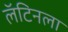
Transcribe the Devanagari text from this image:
लॅटिनला